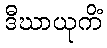
ဒီဃာယုကိံ